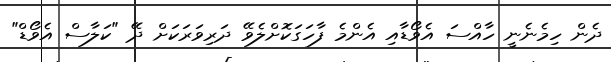
ދެން ހިމެނެނީ ހާއްސަ އެވޯޑާއި އެންމެ ފާހަގަކޮށްލެވޭ ދަރިވަރަަކަށް ދޭ "ކަލާސް އެވޯޑް"